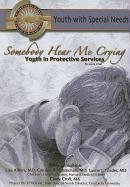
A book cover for Somebody Hear Me Crying: Youth in Protective Services (Youth With Special Needs); Joyce Libal; Teen & Young Adult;